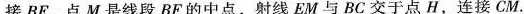
接BF，点M是线段BF的中点，射线EM与BC交于点H，连接CM。